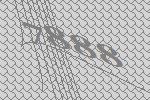
7888